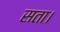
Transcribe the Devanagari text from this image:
सता।